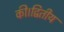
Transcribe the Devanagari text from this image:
की।द्वितीय